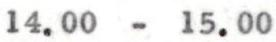
14.00 - 15.00